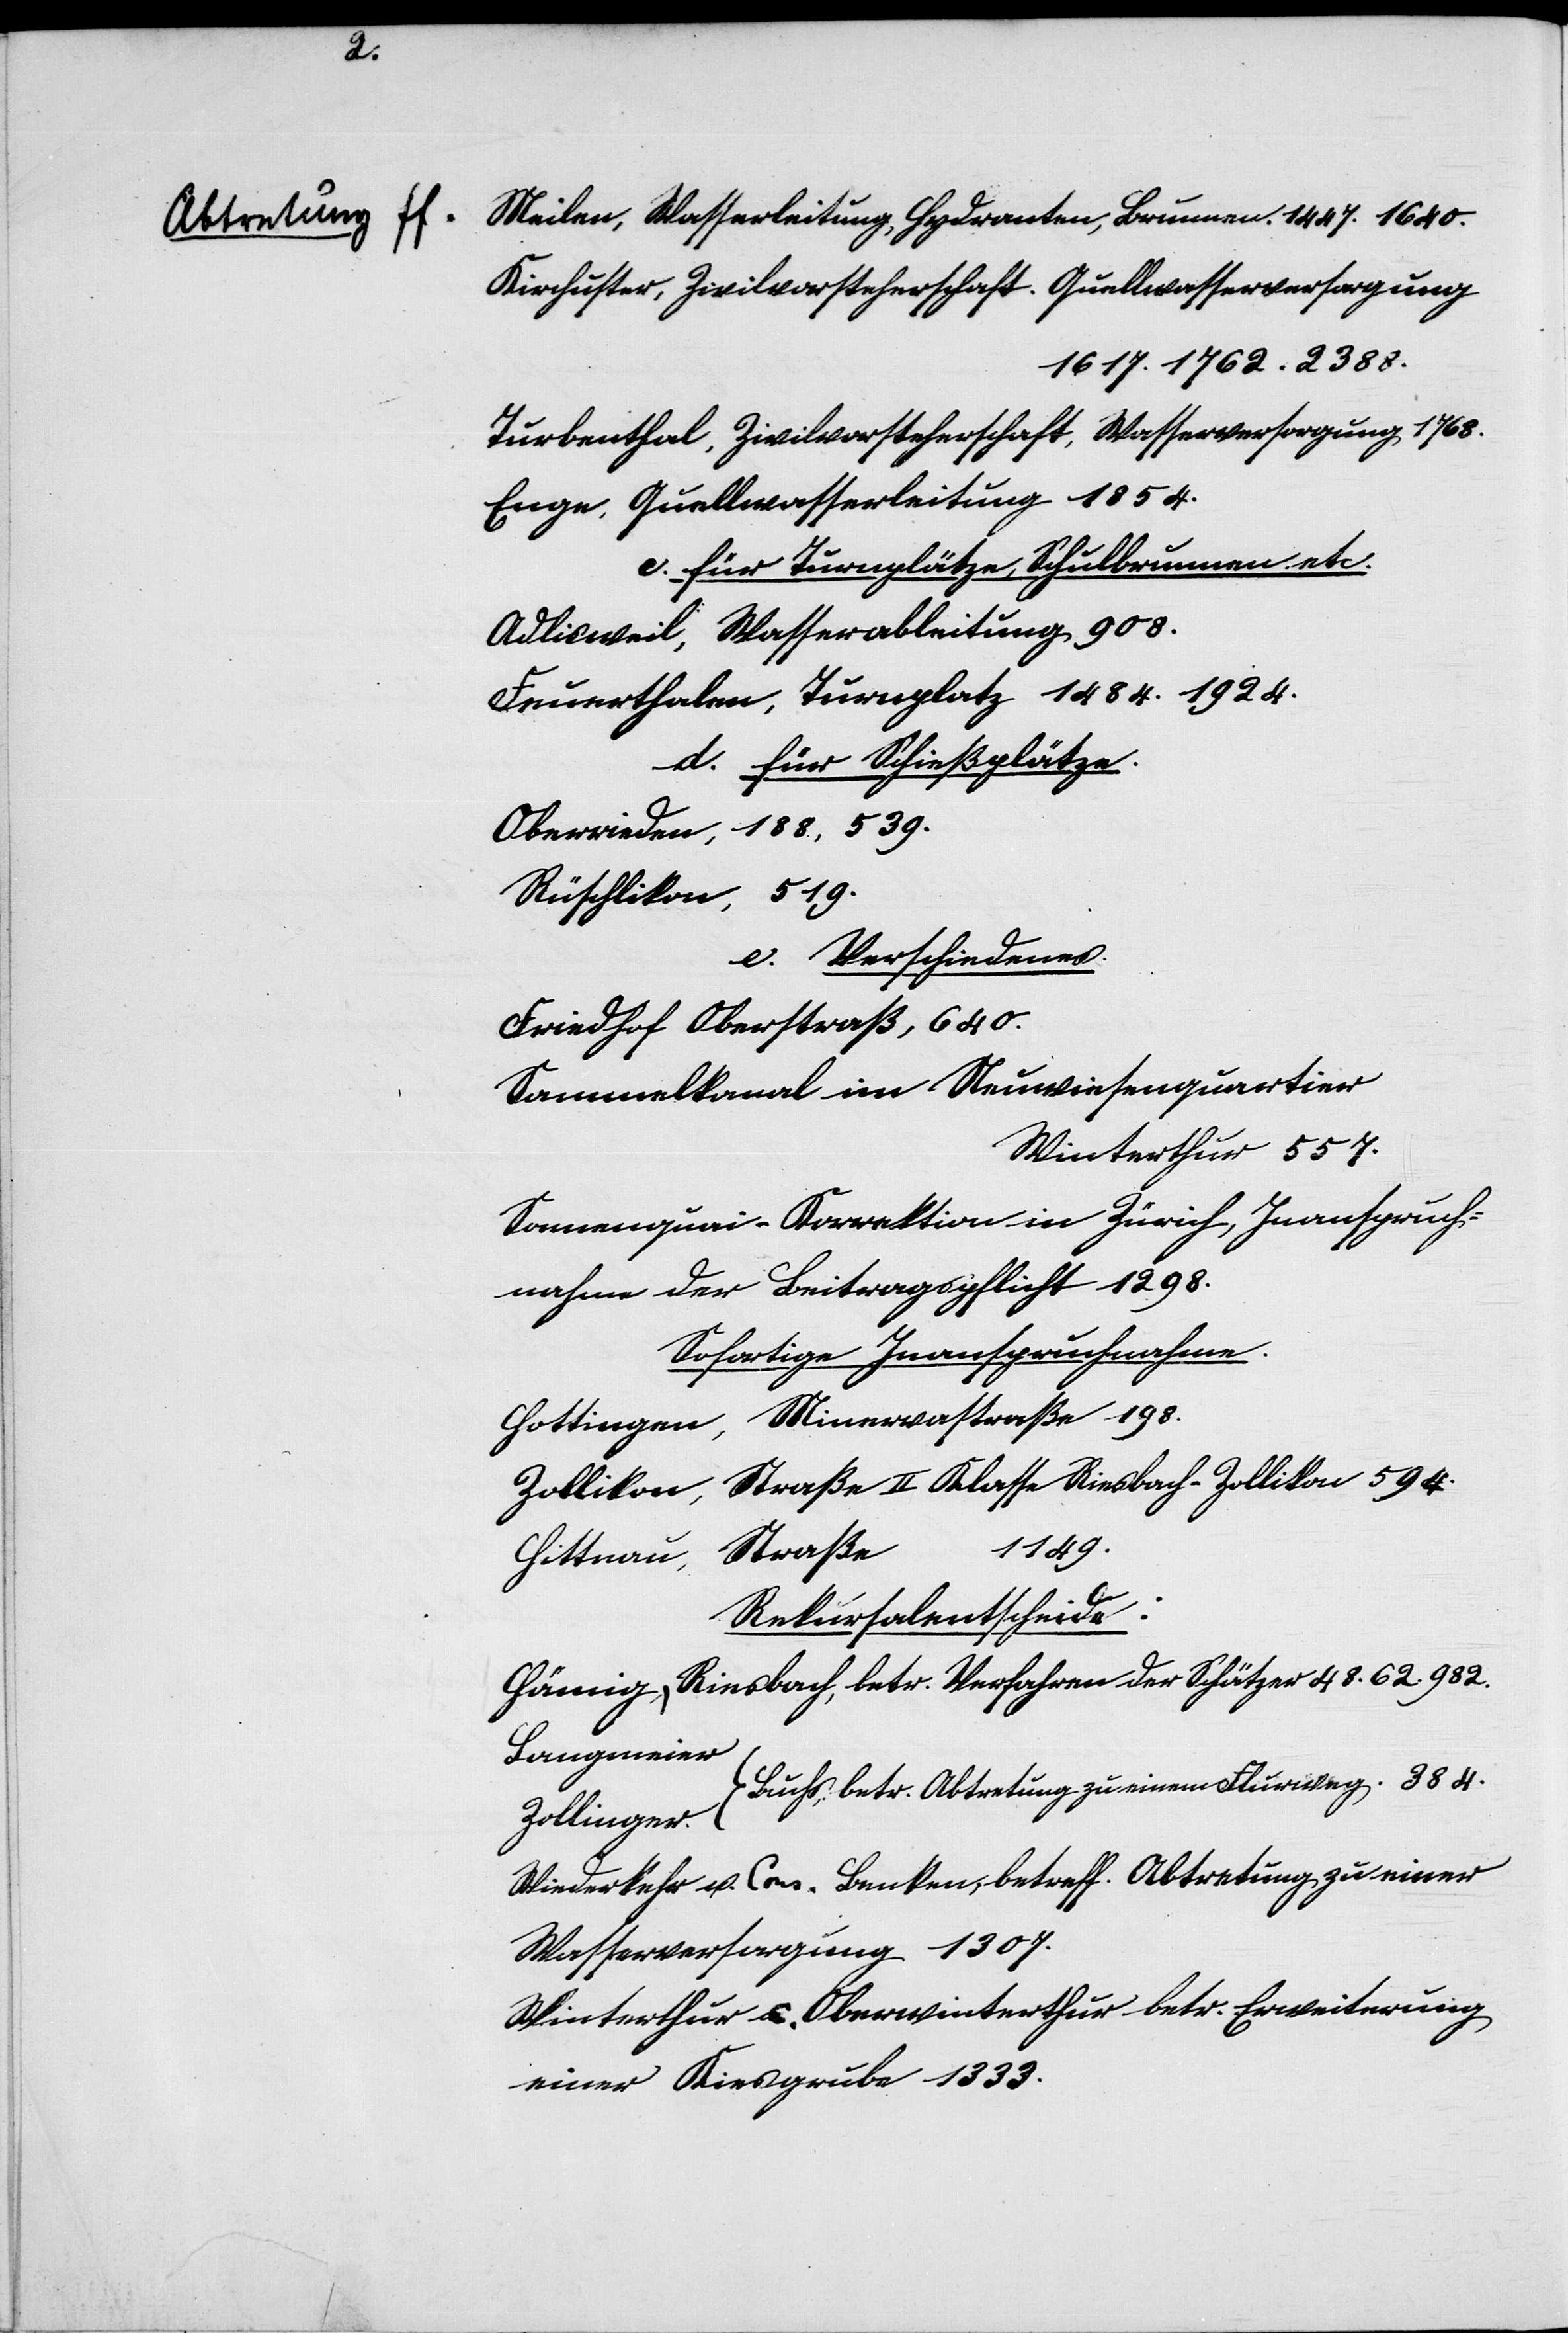
34.

Verschiedenes
18 000